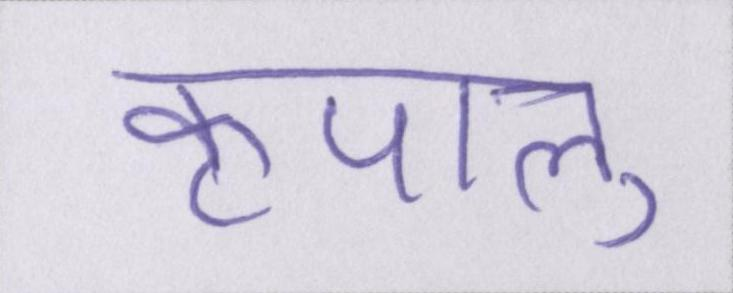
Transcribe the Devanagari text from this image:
कृपालु